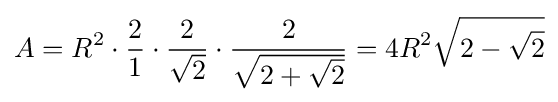
A=R^{2}\cdot {\frac {2}{1}}\cdot {\frac {2}{\sqrt {2}}}\cdot {\frac {2}{\sqrt {2+{\sqrt {2}}}}}=4R^{2}{\sqrt {2-{\sqrt {2}}}}